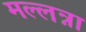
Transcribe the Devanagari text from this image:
मल्लन्ना